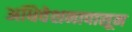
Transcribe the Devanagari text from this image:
अधिवेशनापासून